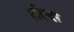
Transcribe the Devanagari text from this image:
हरिन्दर